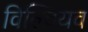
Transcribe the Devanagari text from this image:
विल्वियव